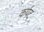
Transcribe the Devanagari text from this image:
कर्पट